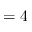
= 4